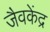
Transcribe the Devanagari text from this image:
जैवकेंद्र